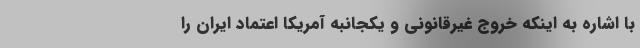
با اشاره به اینکه خروج غیرقانونی و یکجانبه آمریکا اعتماد ایران را